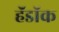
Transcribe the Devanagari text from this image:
हॅडॉक